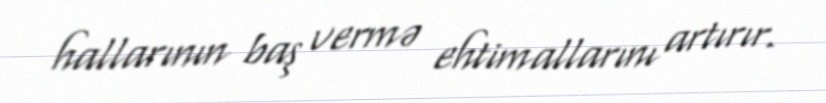
hallarının baş vermə ehtimallarını artırır.